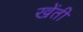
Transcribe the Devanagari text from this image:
खेंती